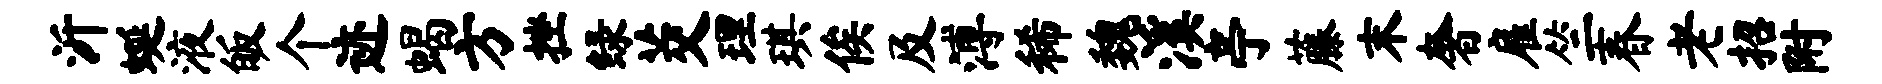
沂蜒液皈个迹蝎方挫绿茭理琪俟及溥稀魏溪亭藤末奢雇竺春老招附